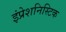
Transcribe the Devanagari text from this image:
इंप्रेशनिस्टिक